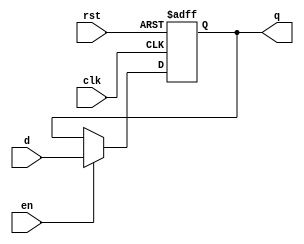
//Code by Shashank Shivashankar - 08/28/2020 
//Asynchronous active HIGH reset and active HIGH enable


module dff2_dut(d, clk, rst, en, q);
input d, clk, rst, en;
output q;
wire d, clk, rst, en;
reg q;

always@(posedge clk or posedge rst)
begin
    if(rst == 1)
    begin
    q <= 0;
    end
    else
    begin
        if(en == 1)
        begin
            q <= d;
        end
        else
        begin
            q <= q;
        end
    end
end
endmodule